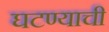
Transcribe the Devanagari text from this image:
घटण्याची